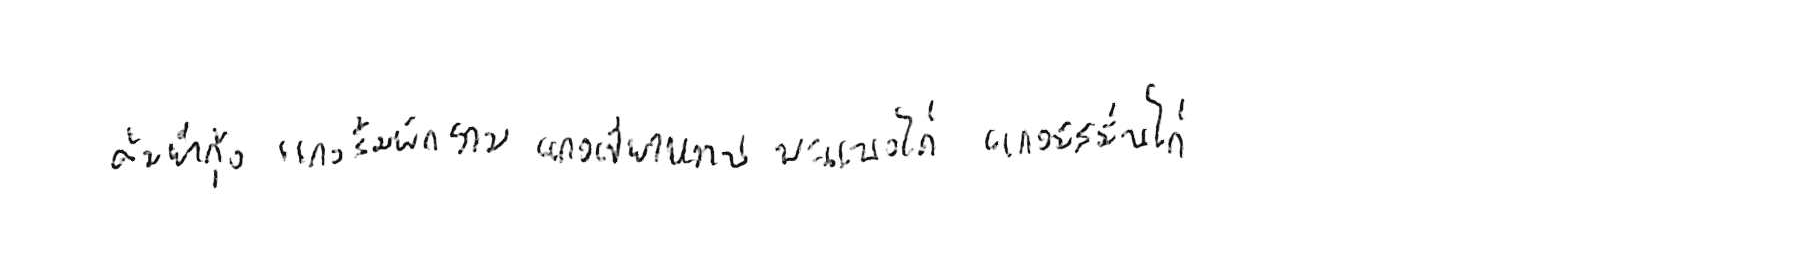
ต้มยำกุ้ง แกงส้มผักรวม แกงเขียวหวาน พะแนงไก่ แกงมัสมั่นไก่